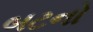
બટનો